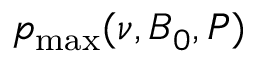
p _ { \operatorname* { m a x } } ( \nu , B _ { 0 } , P )